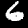
Digit: 6